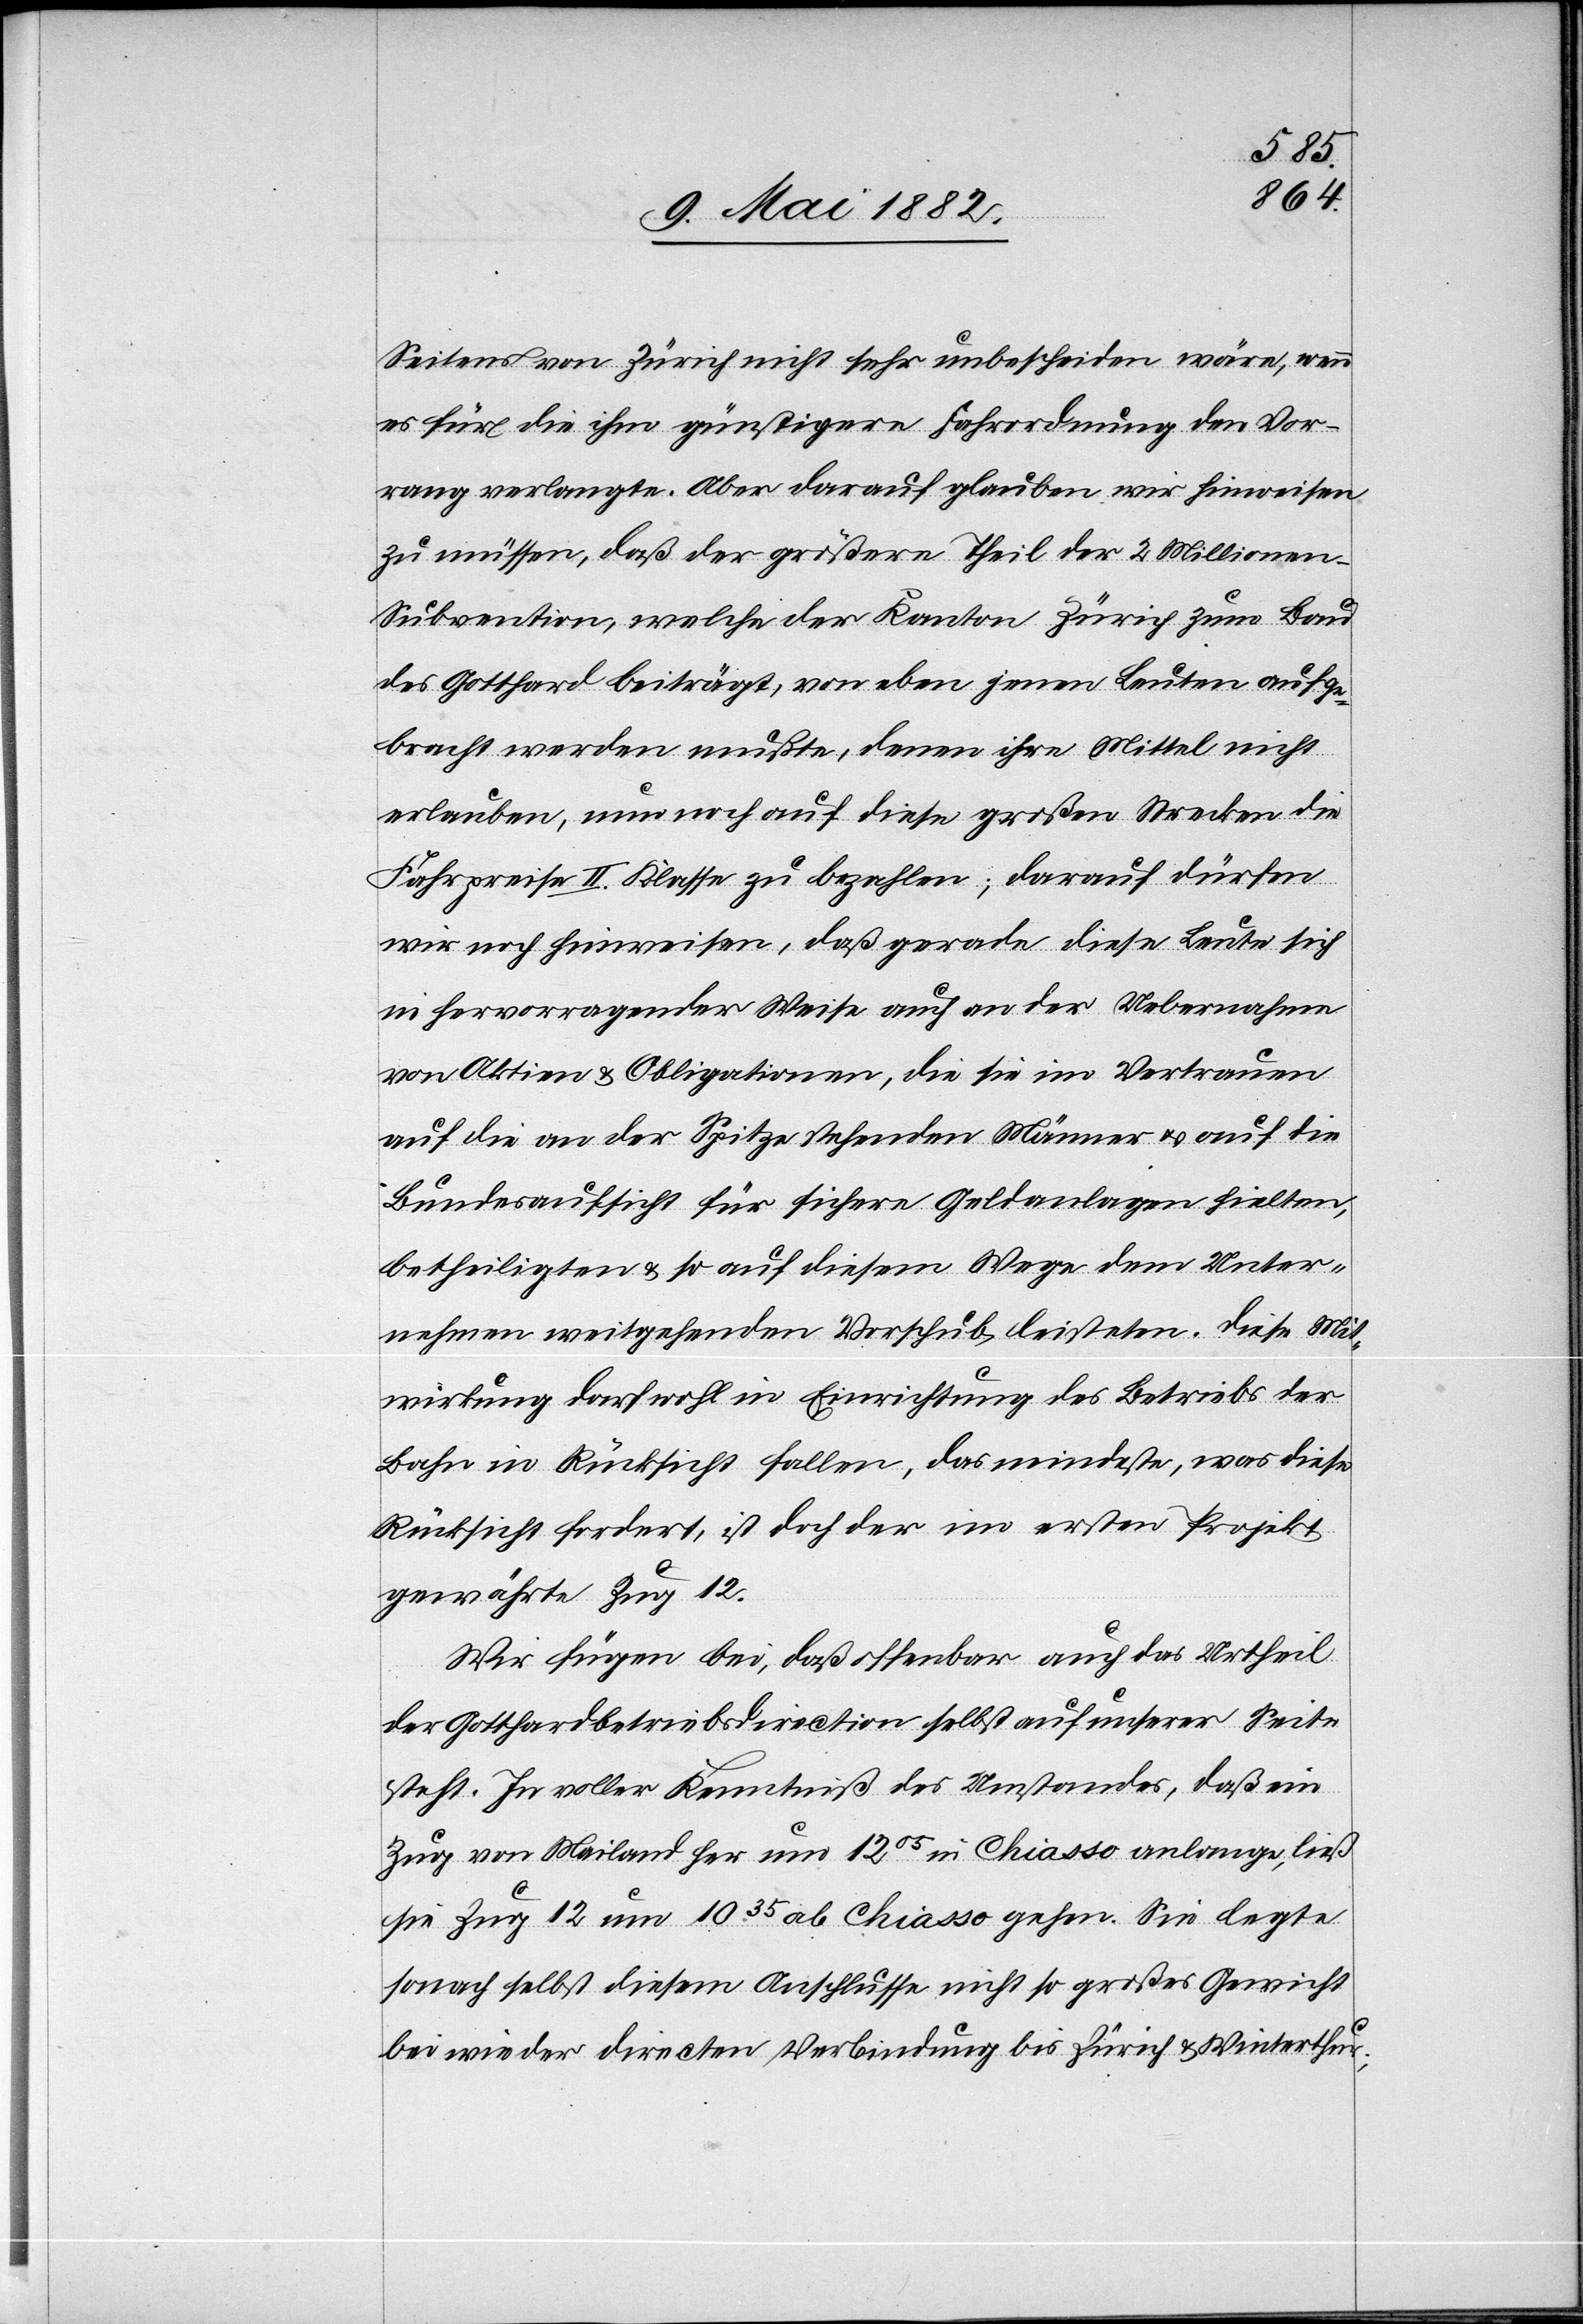
Seitens von Zürich nicht sehr unbescheiden wäre, wenn
es für die ihm günstigere Fahrordnung den Vor¬
rang verlangte. Aber darauf glauben wir hinweisen
zu müssen, daß der größere Theil der 2 Millione¬
n-Subvention, welche der Kanton Zürich zum Bau
des Gotthard beiträgt, von eben jenen Leuten aufge¬
bracht werden mußte, denen ihre Mittel nicht
erlauben, nun noch auf diese[n] großen Strecken die
Fahrpreise II. Klasse zu bezahlen; darauf dürfen
wir noch hinweisen, daß gerade diese Leute sich
in hervorragender Weise auch an der Uebernahme
von Aktien & Obligationen, die sie im Vertrauen
auf die an der Spitze stehenden Männer u. auf die
Bundesaufsicht für sichere Geldanlagen hielten,
betheiligten & so auf diesem Wege dem Unter¬
nehmen weitgehenden Vorschub leisteten. Diese Mit¬
wirkung darf wohl in Einrichtung des Betriebs der
Bahn in Rücksicht fallen, das mindeste, was diese
Rücksicht fordert, ist doch der im ersten Projekt
gewährte Zug 12.
Wir fügen bei, daß offenbar auch das Urtheil
der Gotthardbetriebsdirection selbst auf unserer Seite
steht. In voller Kenntniß des Umstandes, daß ein
Zug von Mailand her um 1205 in Chiasso anlange, ließ
sie Zug 12 um 1035 ab Chiasso gehen. Sie legte
sonach selbst diesem Anschlusse nicht so großes Gewicht
bei wie der directen Verbindung bis Zürich & Winterthur;